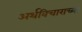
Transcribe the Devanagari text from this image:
अर्थविचाराच्या